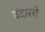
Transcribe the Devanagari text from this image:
बंदारचे